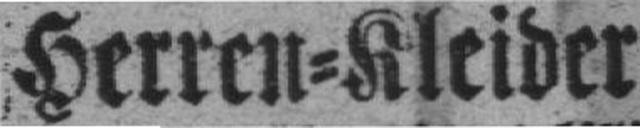
Herren=Kleider